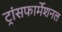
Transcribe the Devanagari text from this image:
ट्रांसफार्मेशनल